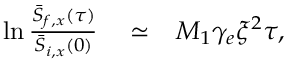
\begin{array} { r l r } { \ln \frac { \bar { S } _ { f , x } ( \tau ) } { \bar { S } _ { i , x } ( 0 ) } } & { { } \simeq } & { M _ { 1 } \gamma _ { e } \xi ^ { 2 } \tau , } \end{array}